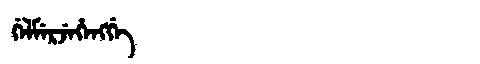
Manchu: ᡤᡝᠯᠮᡝᡵᠵᡝᡥᡝᠩᡤᡝ
Romanization: GELMERJEHENGGE